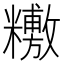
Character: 𥼼